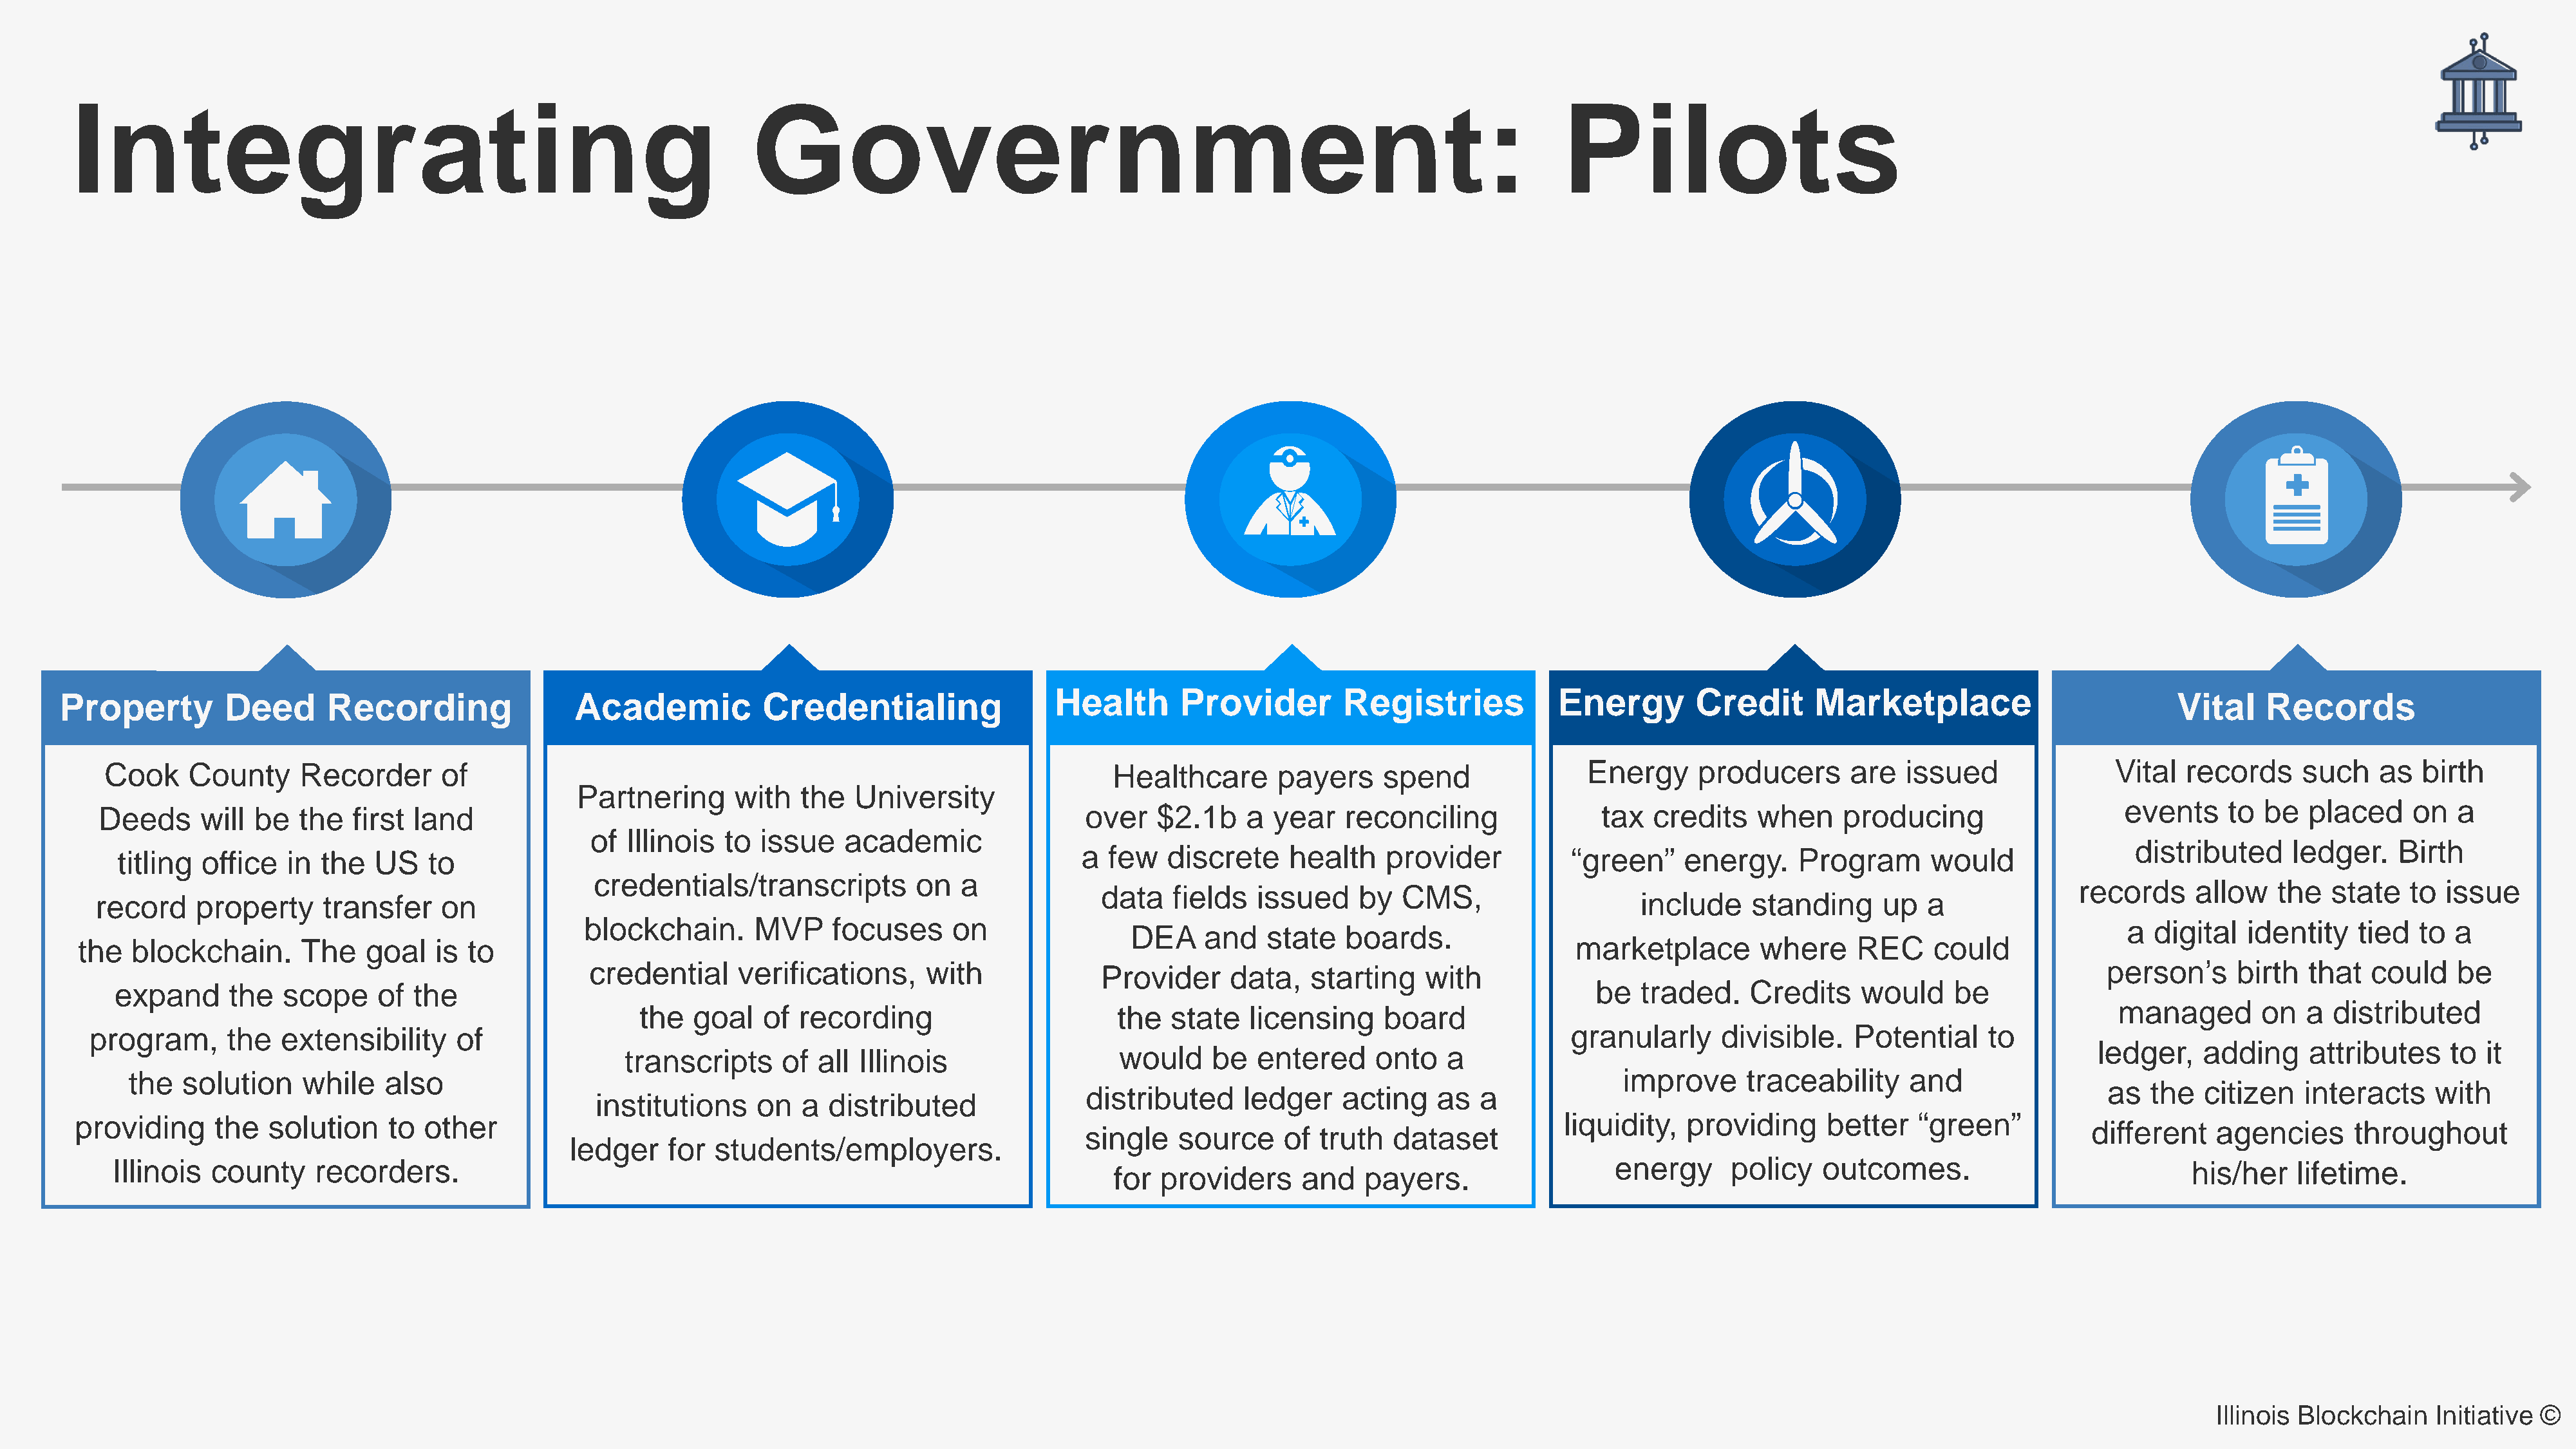
Integrating                                                           Government:                                                                         Pilots
 Health       Provider         Registries            Energy        Credit       Marketplace
 Property         Deed       Recording                Academic           Credentialing                                                                                                                                     Vital    Records
 Cook    County      Recorder      of                                                                   Healthcare       payers     spend                Energy      producers      are   issued               Vital   records     such    as  birth
 Partnering      with   the   University
 events     to  be  placed     on   a
 Deeds      will be   the  first land                                                                  over   $2.1b    a  year   reconciling                tax  credits    when    producing
 of Illinois  to  issue    academic
 distributed      ledger.    Birth
 titling  office  in  the  US    to                                                                 a  few   discrete     health   provider            “green”    energy.     Program      would
 credentials/transcripts          on   a
 records     allow   the   state   to issue
 data    fields  issued     by  CMS,
 record    property     transfer    on                                                                                                                          include    standing      up  a
 blockchain.       MVP     focuses     on                                                                                                                       a digital   identity   tied   to a
 DEA     and   state   boards.
 the   blockchain.      The    goal   is to                                                                                                                marketplace        where     REC     could
 credential     verifications,     with                                                                                                                      person’s     birth  that   could    be
 Provider     data,    starting   with
 expand      the  scope     of the                                                                                                                       be   traded.    Credits    would     be
 managed       on   a  distributed
 the  goal   of  recording                        the  state   licensing     board
 program,      the   extensibility     of                                                                                                                granularly      divisible.    Potential    to
 ledger,   adding     attributes     to  it
 transcripts     of  all Illinois                   would     be  entered     onto    a
 the   solution    while    also                                                                                                                           improve      traceability    and
 as  the   citizen   interacts    with
 distributed     ledger    acting    as  a
 institutions     on  a  distributed
 providing     the   solution    to  other                                                                                                                liquidity,  providing      better   “green”
 different    agencies      throughout
 single   source     of  truth  dataset
 ledger    for students/employers.
 Illinois  county    recorders.                                                                                                                            energy      policy   outcomes.                             his/her    lifetime.
 for  providers      and   payers.
 Illinois Blockchain   Initiative ©